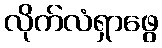
လိုက်လံရှာဖွေ